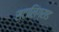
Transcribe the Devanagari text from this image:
स्टालिंग्राड